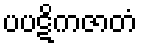
ပပဋိကဇာတံ